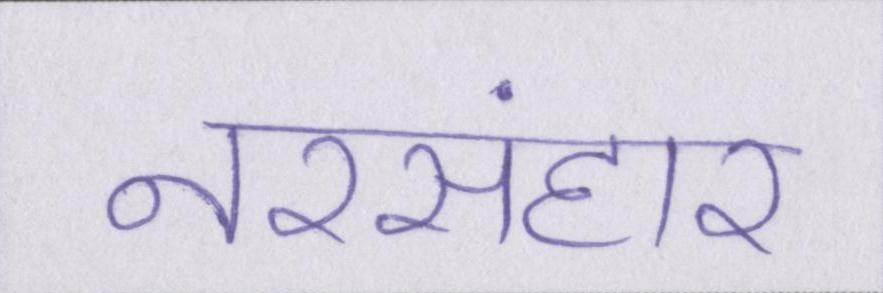
नरसंहार